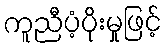
ကူညီပံ့ပိုးမှုဖြင့်